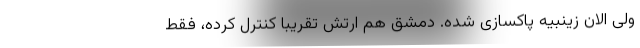
ولی الان زینبیه پاکسازی شده. دمشق هم ارتش تقریباً کنترل کرده، فقط